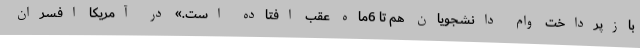
بازپرداخت وام دانشجویان هم تا 6ماه عقب افتاده است.» در آمریکا افسران